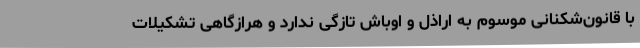
با قانون‌شکنانی موسوم به اراذل و اوباش تازگی ندارد و هرازگاهی تشکیلات